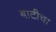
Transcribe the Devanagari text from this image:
बाटीचा